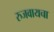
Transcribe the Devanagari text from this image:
रुजवायचा